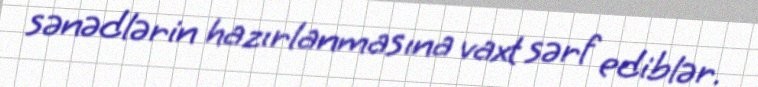
sənədlərin hazırlanmasına vaxt sərf ediblər.